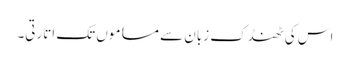
اس کی ٹھنڈک زبان سے مساموں تک اتارتی۔